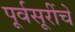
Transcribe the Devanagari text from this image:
पूर्वसूरींचे